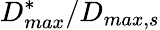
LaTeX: D_{max}^{*}/D_{max,s}